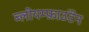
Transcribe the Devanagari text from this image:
ब्लोयम्फ़ाउंटेन